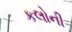
કલોની